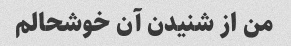
من از شنیدن آن خوشحالم